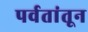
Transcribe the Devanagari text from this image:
पर्वतांतून